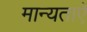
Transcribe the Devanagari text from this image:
मान्यताऐ